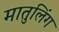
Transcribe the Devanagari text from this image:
मातुलिंग